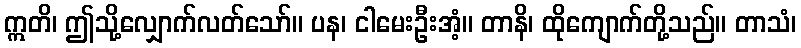
ဣတိ၊ ဤသို့လျှောက်လတ်သော်။ ပန၊ ငါမေးဦးအံ့။ တာနိ၊ ထိုကျောက်တို့သည်။ တာသံ၊